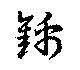
錦